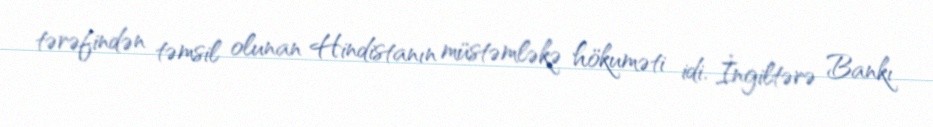
tərəfindən təmsil olunan Hindistanın müstəmləkə hökuməti idi. İngiltərə Bankı